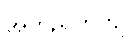
အတည်တကျ